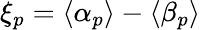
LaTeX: \xi_{p}=\langle{\alpha}_{p}\rangle-\langle{\beta}_{p}\rangle